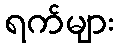
ရက်များ